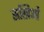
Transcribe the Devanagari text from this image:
सखिओं